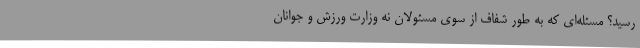
رسید؟ مسئله‌ای که به طور شفاف از سوی مسئولان نه وزارت ورزش و جوانان